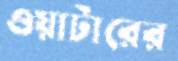
ওয়াটারের